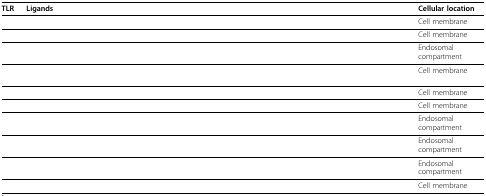
<table><thead><tr><td><b>TLR</b></td><td><b>Ligands</b></td><td><b>Cellular location</b></td></tr></thead><tbody><tr><td>[EMPTY_CELL]</td><td>[EMPTY_CELL]</td><td>Cell membrane</td></tr><tr><td>[EMPTY_CELL]</td><td>[EMPTY_CELL]</td><td>Cell membrane</td></tr><tr><td>[EMPTY_CELL]</td><td>[EMPTY_CELL]</td><td>Endosomal compartment</td></tr><tr><td>[EMPTY_CELL]</td><td>[EMPTY_CELL]</td><td>Cell membrane</td></tr><tr><td>[EMPTY_CELL]</td><td>[EMPTY_CELL]</td><td>Cell membrane</td></tr><tr><td>[EMPTY_CELL]</td><td>[EMPTY_CELL]</td><td>Cell membrane</td></tr><tr><td>[EMPTY_CELL]</td><td>[EMPTY_CELL]</td><td>Endosomal compartment</td></tr><tr><td>[EMPTY_CELL]</td><td>[EMPTY_CELL]</td><td>Endosomal compartment</td></tr><tr><td>[EMPTY_CELL]</td><td>[EMPTY_CELL]</td><td>Endosomal compartment</td></tr><tr><td>[EMPTY_CELL]</td><td>[EMPTY_CELL]</td><td>Cell membrane</td></tr></tbody></table>